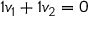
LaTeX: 1 v _ { 1 } + 1 v _ { 2 } = 0